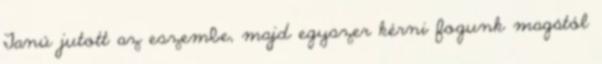
Tanú jutott az eszembe, majd egyszer kérni fogunk magától